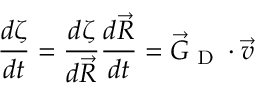
\frac { d \zeta } { d t } = \frac { d \zeta } { d \vec { R } } \frac { d \vec { R } } { d t } = \vec { G } _ { \textrm { D } } \cdot \vec { v }